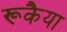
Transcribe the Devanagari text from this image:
रूकैया